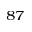
^ { 8 7 }